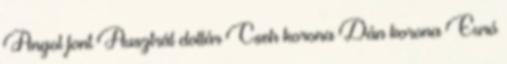
Angol font Ausztrál dollár Cseh korona Dán korona Euró